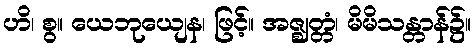
ဟိ၊ စွ။ ယေဘုယျေန၊ ဖြင့်။ အဇ္ဈတ္တံ၊ မိမိသန္တာန်၌။